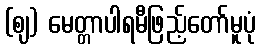
(ဈ) မေတ္တာပါရမီဖြည့်တော်မူပုံ